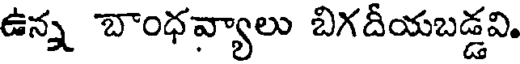
ఉన్న బాంధవ్యాలు బిగదీయబడ్డవి.